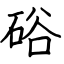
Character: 硲